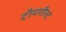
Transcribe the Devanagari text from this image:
टीमगीस्ट